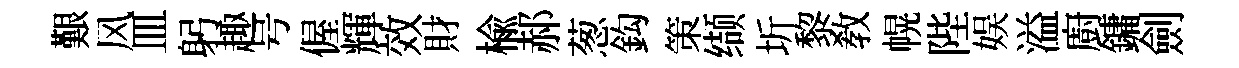
艱风皿躬趣号偓輝效財楡郝葱鈎策缬圻黎教幌陛娱溢廚鏞劍